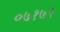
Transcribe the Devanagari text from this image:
०७१७२